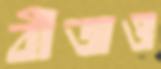
বীজও